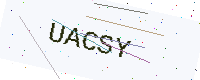
Text: UACSY